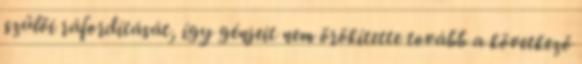
szülői ráfordítását, így génjeit nem örökítette tovább a következő